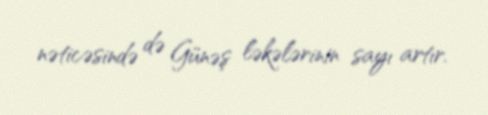
nəticəsində də Günəş ləkələrinin sayı artır.